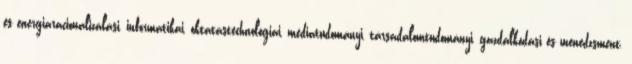
és energiaracionalizálási, informatikai, oktatástechnológiai, médiatudományi, társadalomtudományi, gazdálkodási és menedzsment,